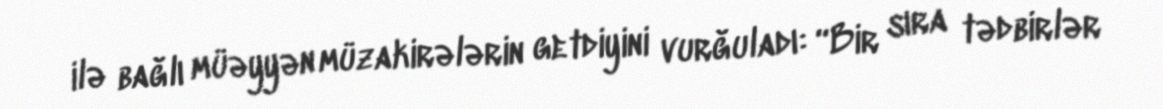
ilə bağlı müəyyən müzakirələrin getdiyini vurğuladı: “Bir sıra tədbirlər